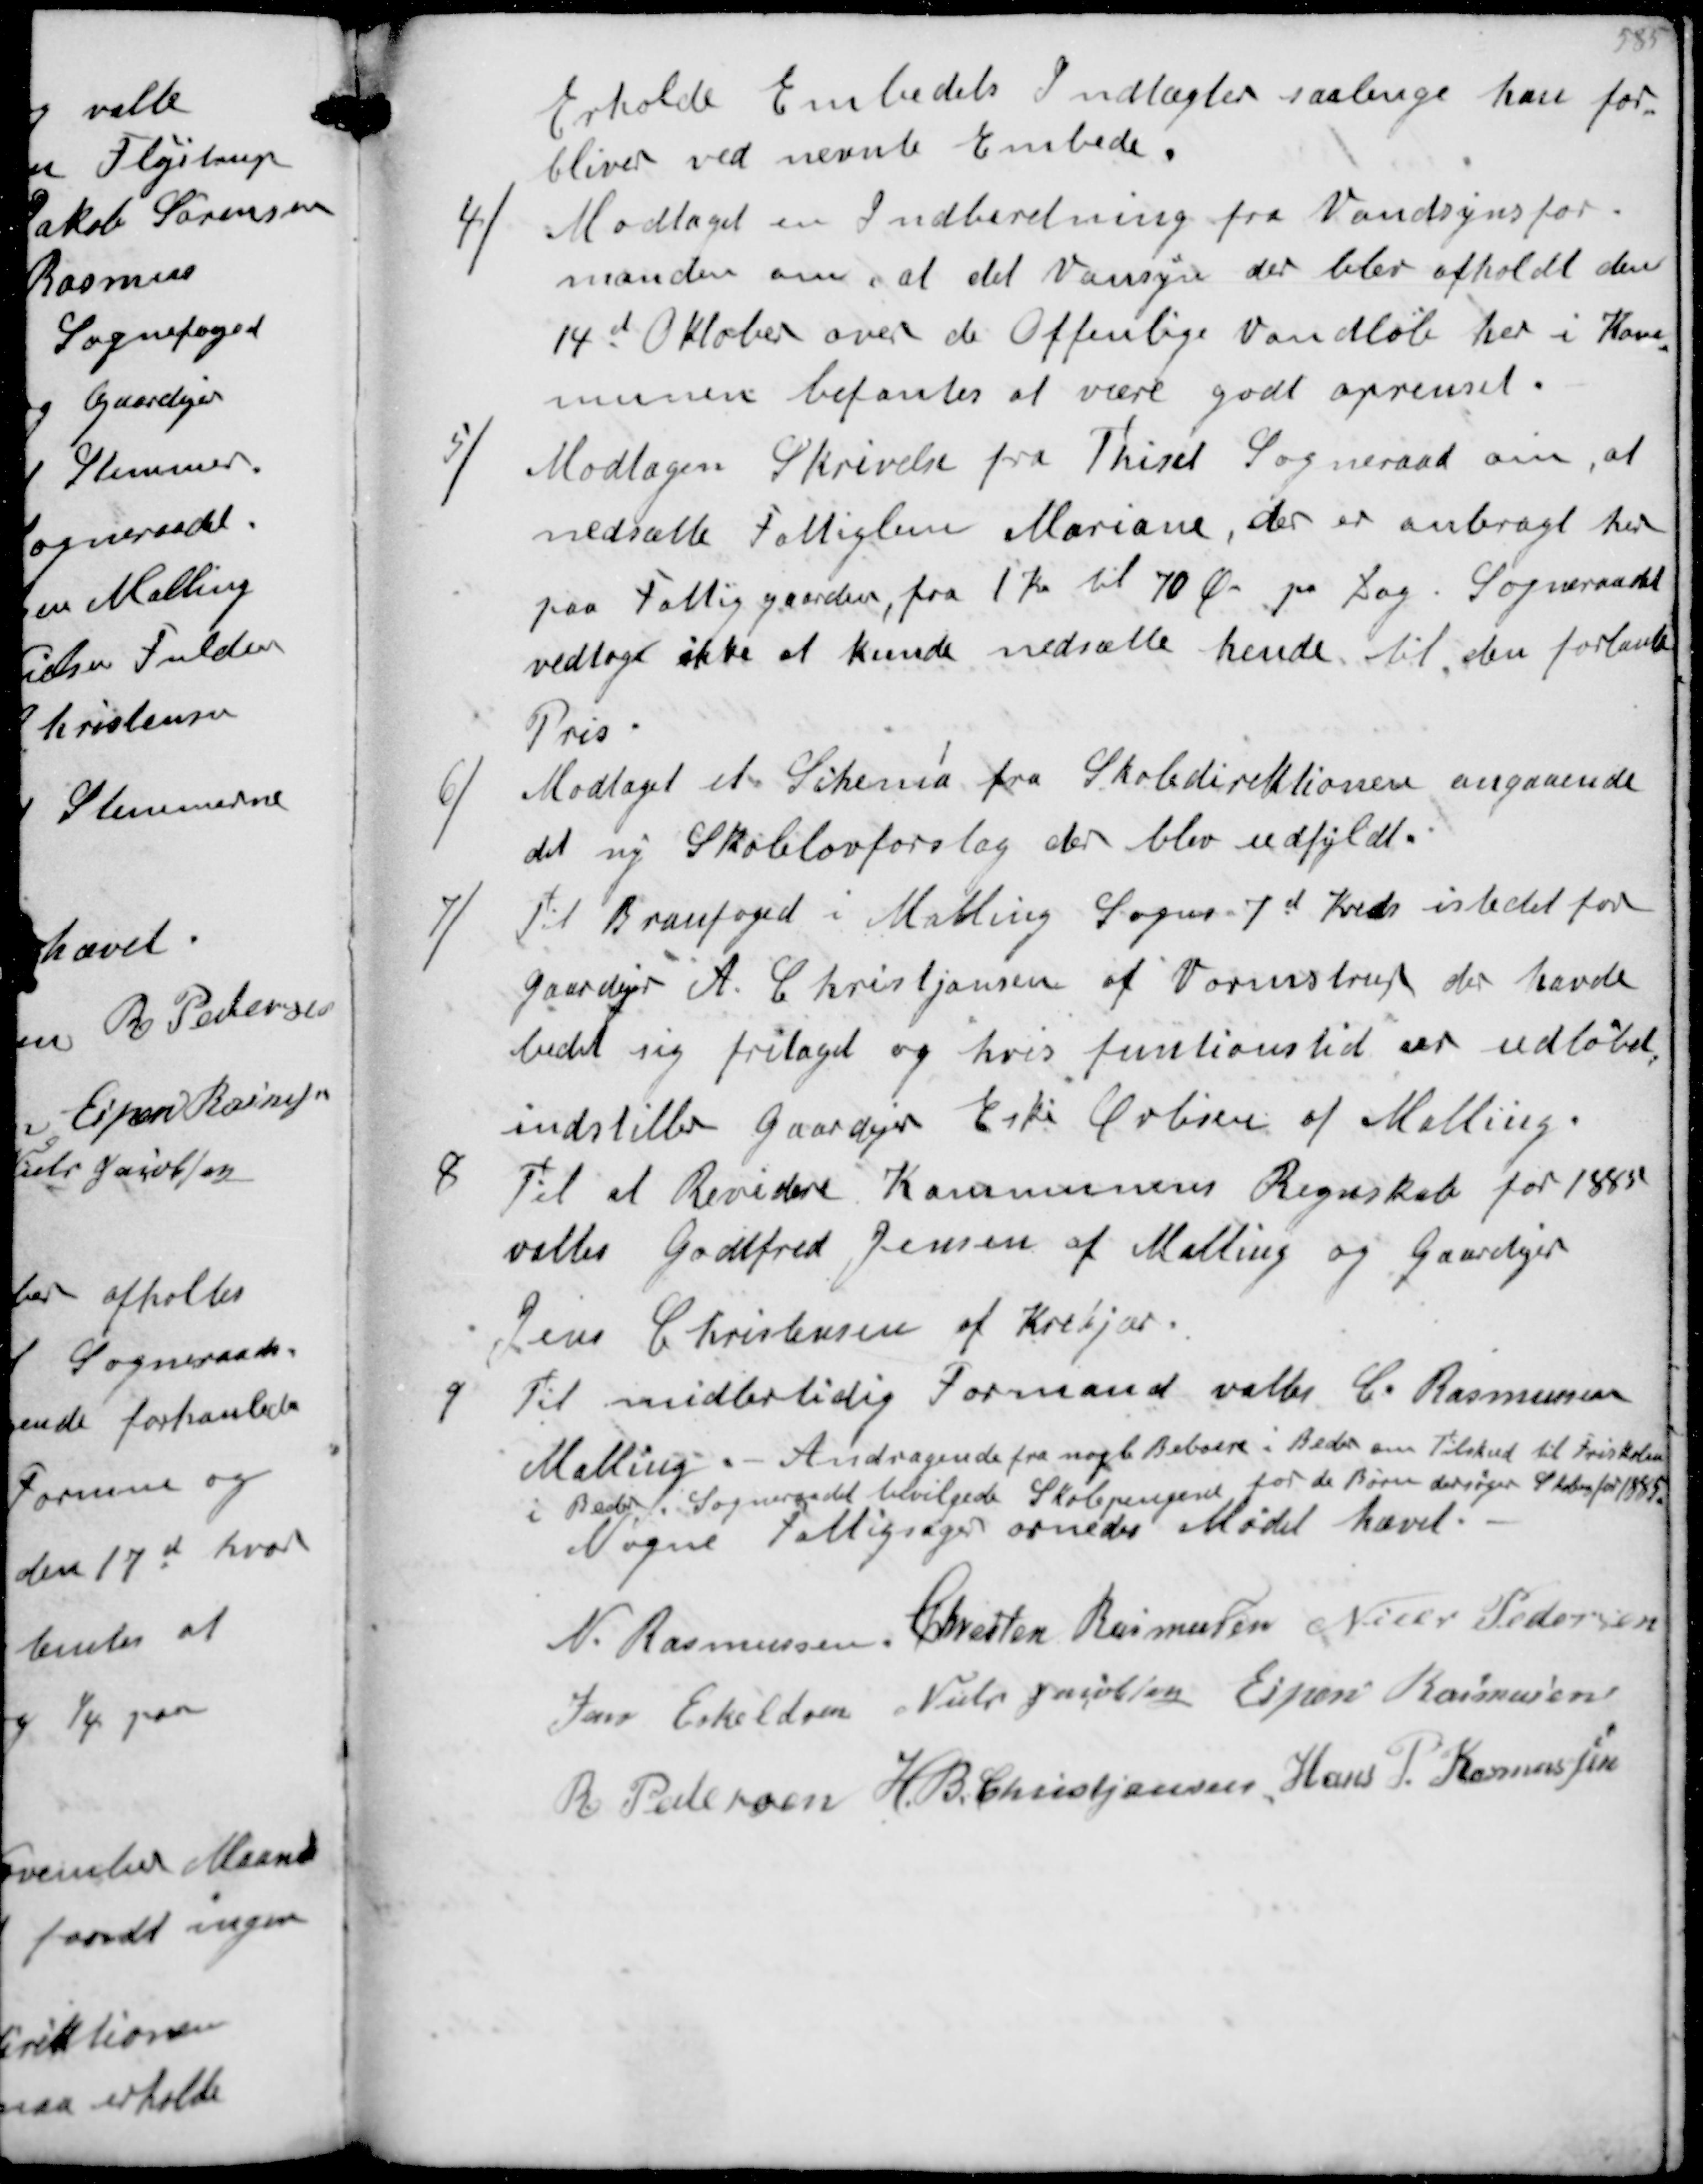
Transskription:
Erholde Embedets Indtægter saalenge han for-
bliver ved nævnte Embede.
4/
Modtaget en Indberetning fra Vandsynsfor-
manden om at det Vansyn der blev afholdt den
14d Oktober over de Offenlige Vandløb her i Kom-
munen befantes at være godt oprenset.
5/
Modtagen Skrivelse fra Thiset Sogneraad om at
nedsætte Fattiglem Mariane, der er anbragt her
paa Fattiggaarden fra 1 Kr til 70 Ør pr Dag. Sogneraadet
vedtoge ikke at kunde nedsætte hende til den forlante
Pris
6/
Modtaget et Schema fra Skoledirektionen angaaende
det ny Skolelovforslag der blev udfyldt-
7/
Til Branfoged i Malling Sognes 7d Kreds istedet for
gaardejer A. Christiansen af Vormstrup der havde
bedt sig fritaget og hvis funtionstid er udløbet
indstilles Gaardejer Eske Øvlisen af Malling.
8
Til at Revidere Kommunens Regnskab for 1885
valtes Godtfred Jensen af Malling og Gaardejer
Jens Christensen af Krekjær.
9
Til midbelidig Formand valtes C. Rasmussen
Malling.- Andragende fra nogle Beboere i Beder om Tilskud til Friskole
i Beder Sogneraadet bevilgede Skolepengene for de Børn der søger Skolen for 1885
Nogne Fattigsager ornedes Mødet hævet.
N. Rasmussen
Chresten Rasmussen
Niels Pedersen
Jens Eskeldsen
Niels Jacobsen
Espen Rasmussen
R. Pedersen
H.B. Christjansen
Hans P. Rasmussen